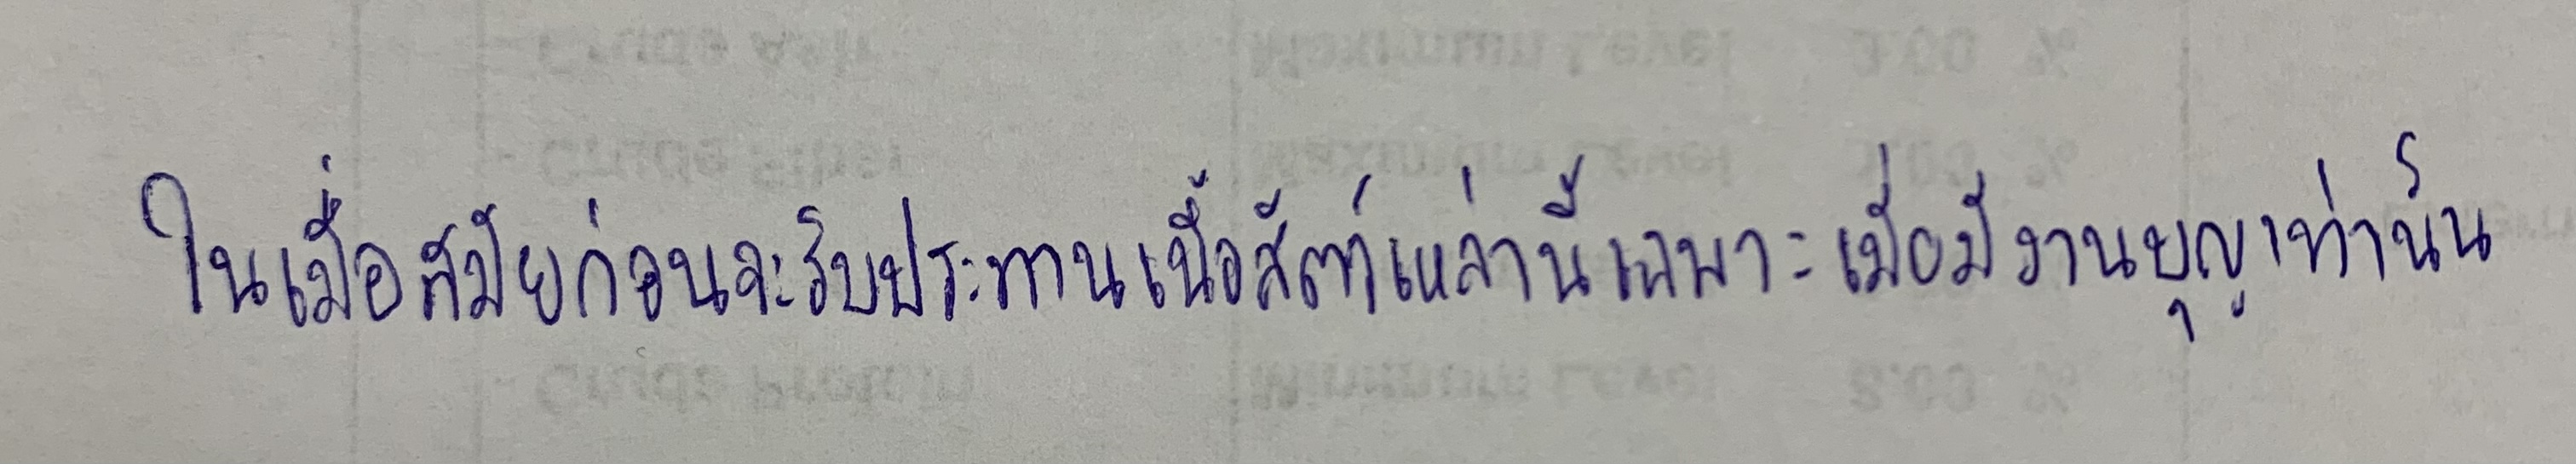
ในสมัยก่อนจะรับประทานเนื้อสัตว์เหล่านี้เฉพาะเมื่อมีงานบุญพิเศษเท่านั้น